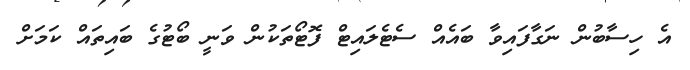
އެ ހިސާބުން ނަގާފައިވާ ބައެއް ސެޓެލައިޓް ފޮޓޯތަކުން ވަނީ ބޯޓުގެ ބައިތައް ކަމަށް